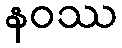
နဝဿ